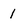
Character: 1